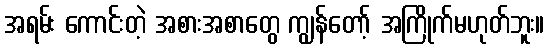
အရမ်း ကောင်းတဲ့ အစားအစာတွေ ကျွန်တော့် အကြိုက်မဟုတ်ဘူး။